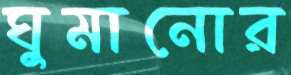
ঘুমানোর